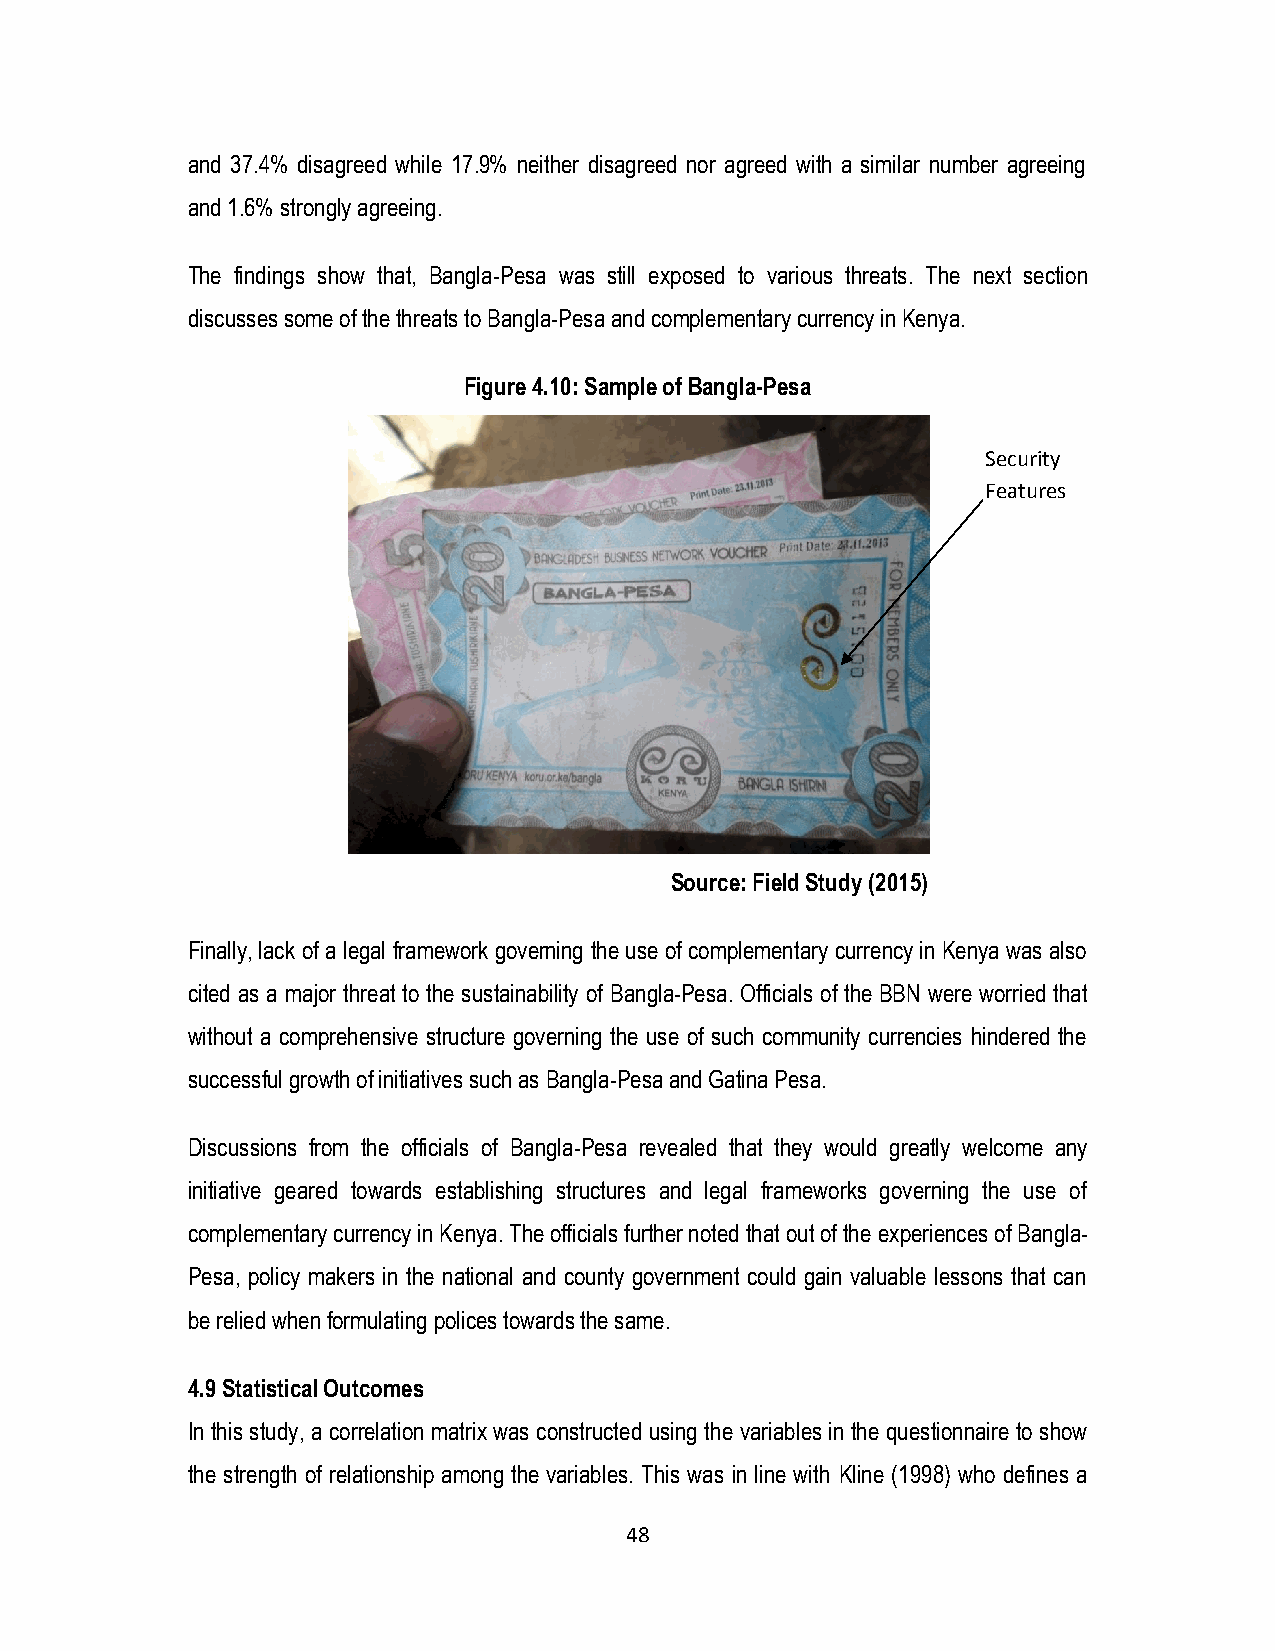
and 37.4% disagreed while 17.9% neither disagreed nor agreed with a similar number agreeing
 and 1.6% strongly agreeing.
 The findings show that, Bangla-Pesa was still exposed to various threats. The next section
 discusses some of the threats to Bangla-Pesa and complementary currency in Kenya.
 Figure 4.10: Sample of Bangla-Pesa
 Security
 Features
 Source: Field Study (2015)
 Finally, lack of a legal framework governing the use of complementary currency in Kenya was also
 cited as a major threat to the sustainability of Bangla-Pesa. Officials of the BBN were worried that
 without a comprehensive structure governing the use of such community currencies hindered the
 successful growth of initiatives such as Bangla-Pesa and Gatina Pesa.
 Discussions from the officials of Bangla-Pesa revealed that they would greatly welcome any
 initiative geared towards establishing structures and legal frameworks governing the use of
 complementary currency in Kenya. The officials further noted that out of the experiences of Bangla-
 Pesa, policy makers in the national and county government could gain valuable lessons that can
 be relied when formulating polices towards the same.
 4.9 Statistical Outcomes
 In this study, a correlation matrix was constructed using the variables in the questionnaire to show
 the strength of relationship among the variables. This was in line with Kline (1998) who defines a
 48